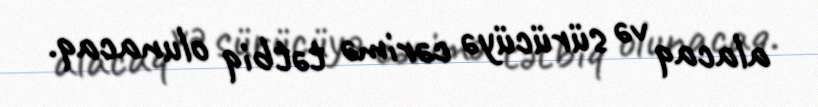
alacaq və sürücüyə cərimə tətbiq olunacaq.